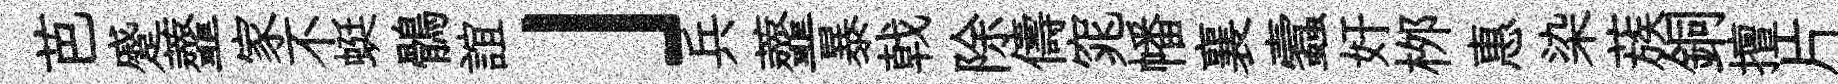
芭蹙虀家不蜓鶻誼」兵虀暴戟除儔窕幡襄蠧奸桞惠染蔟銅擅片